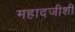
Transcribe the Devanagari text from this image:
महादजीशी